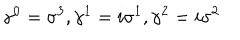
{ \gamma } ^ { 0 } = { \sigma } ^ { 3 } , { \gamma } ^ { 1 } = i { \sigma } ^ { 1 } , { \gamma } ^ { 2 } = i { \sigma } ^ { 2 }